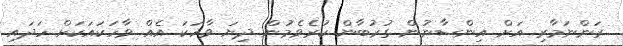
ރަންނަމާރި އަށް އިންސާނުން ގުރުބާން ކުރެވެމުން ދިޔަ ވާހަކަ އެއް ވާހަކައަކަށް ހަދައި